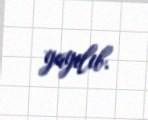
yayılıb.